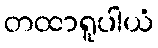
တထာရူပါယံ